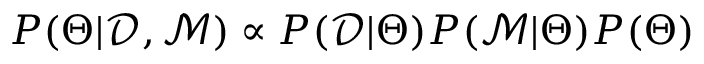
P ( \Theta | \mathcal { D } , \mathcal { M } ) \propto P ( \mathcal { D } | \Theta ) P ( \mathcal { M } | \Theta ) P ( \Theta )